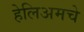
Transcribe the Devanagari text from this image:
हेलिअमचे